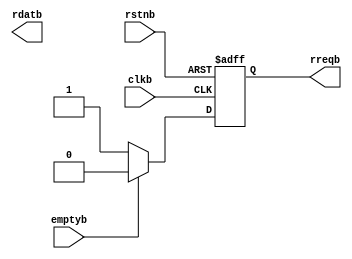
module test_b(
	clkb	,
	rstnb	,
	rreqb	,
	rdatb	,
	emptyb

);

input		clkb;
input		rstnb;

output		rreqb;
output [7:0]rdatb;
input 		emptyb;
//Boundary
wire		clkb;
wire		rstnb;
reg			rreqb;
reg	   [7:0]rdatb;
wire		emptyb;


//Body
always @ (posedge clkb or negedge rstnb)begin
	if (~rstnb)begin
		rreqb <= 1'b0;
	end
	else if (~emptyb)begin
		rreqb <= 1'b1;
	end
	else begin
		rreqb <= 1'b0;
	end
end


endmodule